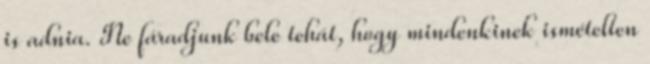
is adnia. Ne fáradjunk bele tehát, hogy mindenkinek ismételten